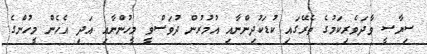
ސިޔާސީ ވާދަވެރިކަމުގެ ތެރޭގައި ކުޑަކުދިންނާއި އުމުރުން ދުވަސްވީ މީހުންނާއި އަދި އެހެން މީހުންގެ